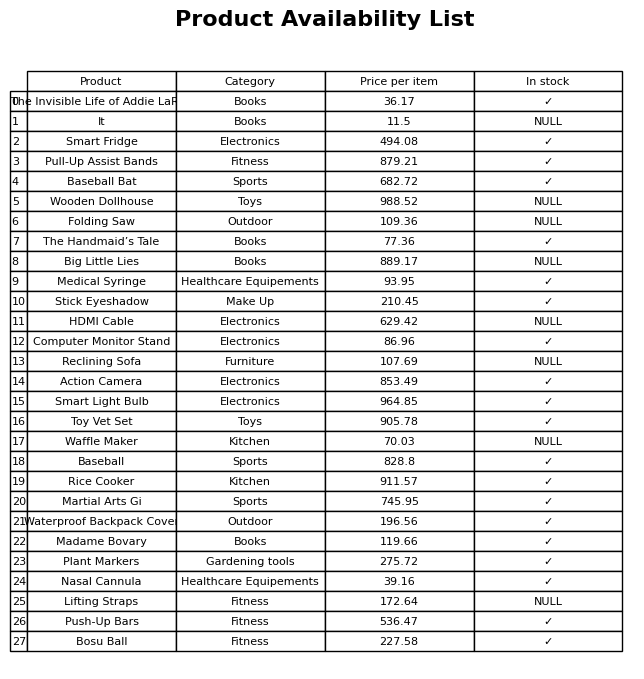
question: Which products are available in stock?
answer: The Invisible Life of Addie LaRue, Smart Fridge, Pull-Up Assist Bands, Baseball Bat, The Handmaid’s Tale, Medical Syringe, Stick Eyeshadow, Computer Monitor Stand, Action Camera, Smart Light Bulb, Toy Vet Set, Baseball, Rice Cooker, Martial Arts Gi, Waterproof Backpack Cover, Madame Bovary, Plant Markers, Nasal Cannula, Push-Up Bars, Bosu Ball